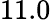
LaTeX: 11.0